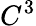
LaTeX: C^{3}